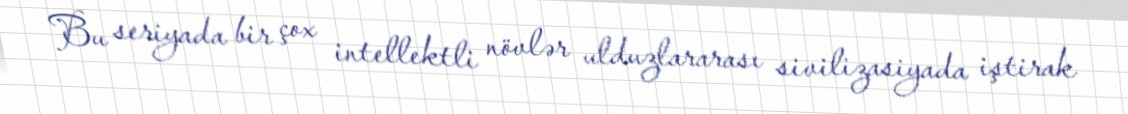
Bu seriyada bir çox intellektli növlər ulduzlararası sivilizasiyada iştirak